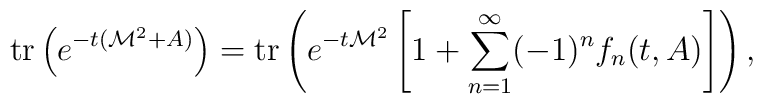
\mbox{tr}\left(e^{-t({\cal M}^2+A)}\right)=\mbox{tr}\left(   e^{-t{\cal M}^2}\left[1+\sum_{n=1}^{\infty}(-1)^nf_n(t,A)   \right]\right),